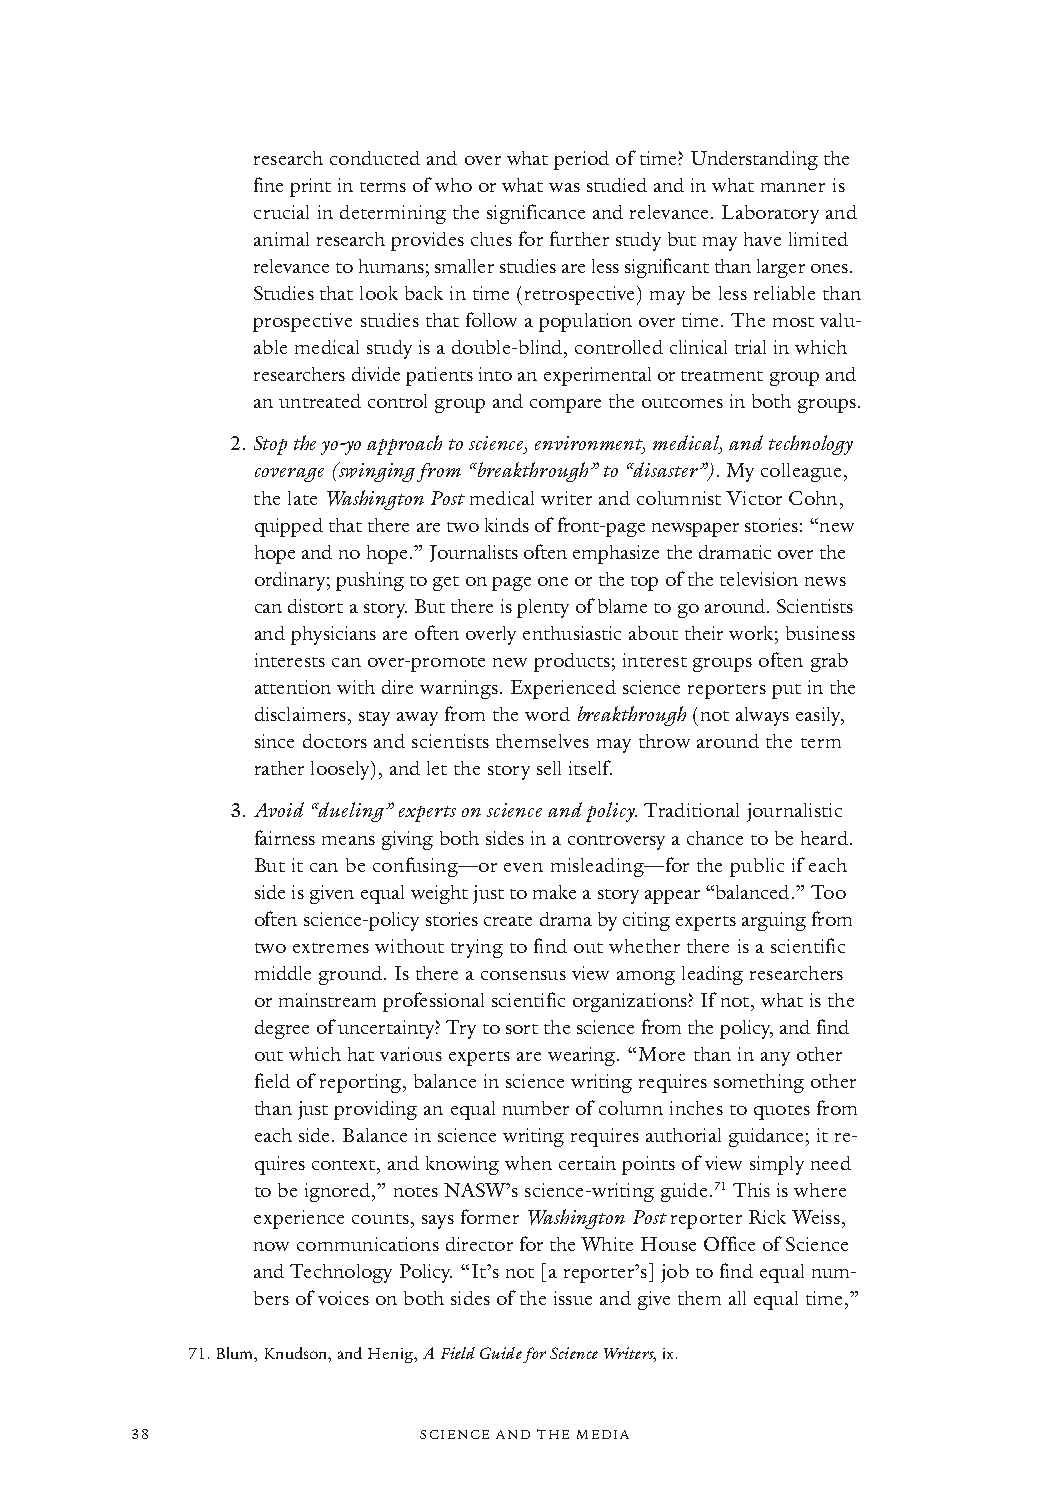
research conducted and over what period of time? Understanding the
 fine print in terms of who or what was studied and in whatmanner is
 crucial in determining the significance and relevance. Laboratory and
 animal research provides clues for further study but may have limited
 relevance to humans; smaller studies are less significant than larger ones.
 Studies that look back in time (retrospective) may be less reliable than
 prospective studies that follow a population over time. The most valu-
 able medical study is a double-blind, controlled clinical trial in which
 researchers divide patients into an experimental or treatment group and
 an untreated control group and compare the outcomes in both groups.
 2.Stop the yo-yo approach to science, environment, medical, and technology
 coverage (swinging from “breakthrough” to “disaster”). My colleague,
 the late Washington Post medical writerand columnist Victor Cohn,
 quipped that there are two kinds of front-page newspaperstories: “new
 hope and no hope.” Journalists often emphasize the dramatic over the
 ordinary; pushing to get on page one or the top of the television news
 can distort a story.But there is plenty of blame to go around. Scientists
 and physicians are often overlyenthusiastic about their work; business
 interests can over-promote new products; interestgroups often grab
 attention with dire warnings. Experienced science reporters put in the
 disclaimers, stay away from the word breakthrough(not always easily,
 since doctorsand scientists themselves may throw around the term
 rather loosely), and let the story sellitself.
 3.Avoid “dueling” experts on science and policy.Traditional journalistic
 fairness means giving both sides in a controversy a chance to be heard.
 But it can be confusing—or even misleading—for the public if each
 side is given equal weight just to make a story appear “balanced.” Too
 often science-policy stories create drama by citing experts arguing from
 two extremes without trying to find out whether there is a scientific
 middle ground. Is there a consensus view among leading researchers
 or mainstream professional scientific organizations? If not, what is the
 degree of uncertainty? Try to sort the science from the policy, and find
 out which hat various experts are wearing. “More than in any other
 field of reporting, balance in science writing requires something other
 than just providing an equal number of column inches to quotes from
 each side. Balance in science writing requires authorial guidance; it re-
 quires context, and knowing when certain points of view simply need
 to be ignored,” notes NASW’s science-writing guide.71This is where
 experience counts, says former Washington Postreporter Rick Weiss,
 now communications director for the White House Office of Science
 and Technology Policy. “It’s not [a reporter’s] job to find equal num-
 bers of voices on both sides of the issue and give them all equal time,”
 71.Blum, Knudson, and Henig, A Field Guide for Science Writers, ix.
 38                 SCIENCE AND THE MEDIA